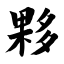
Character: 夥